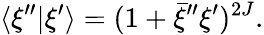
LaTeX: \langle\xi^{\prime\prime}\vert\xi^{\prime}\rangle=(1+\bar{\xi}^{\prime\prime}\xi^{\prime})^{2J}.